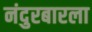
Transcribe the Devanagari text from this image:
नंदुरबारला